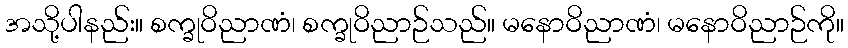
အသို့ပါနည်း။ စက္ခုဝိညာဏံ၊ စက္ခုဝိညာဉ်သည်။ မနောဝိညာဏံ၊ မနောဝိညာဉ်ကို။